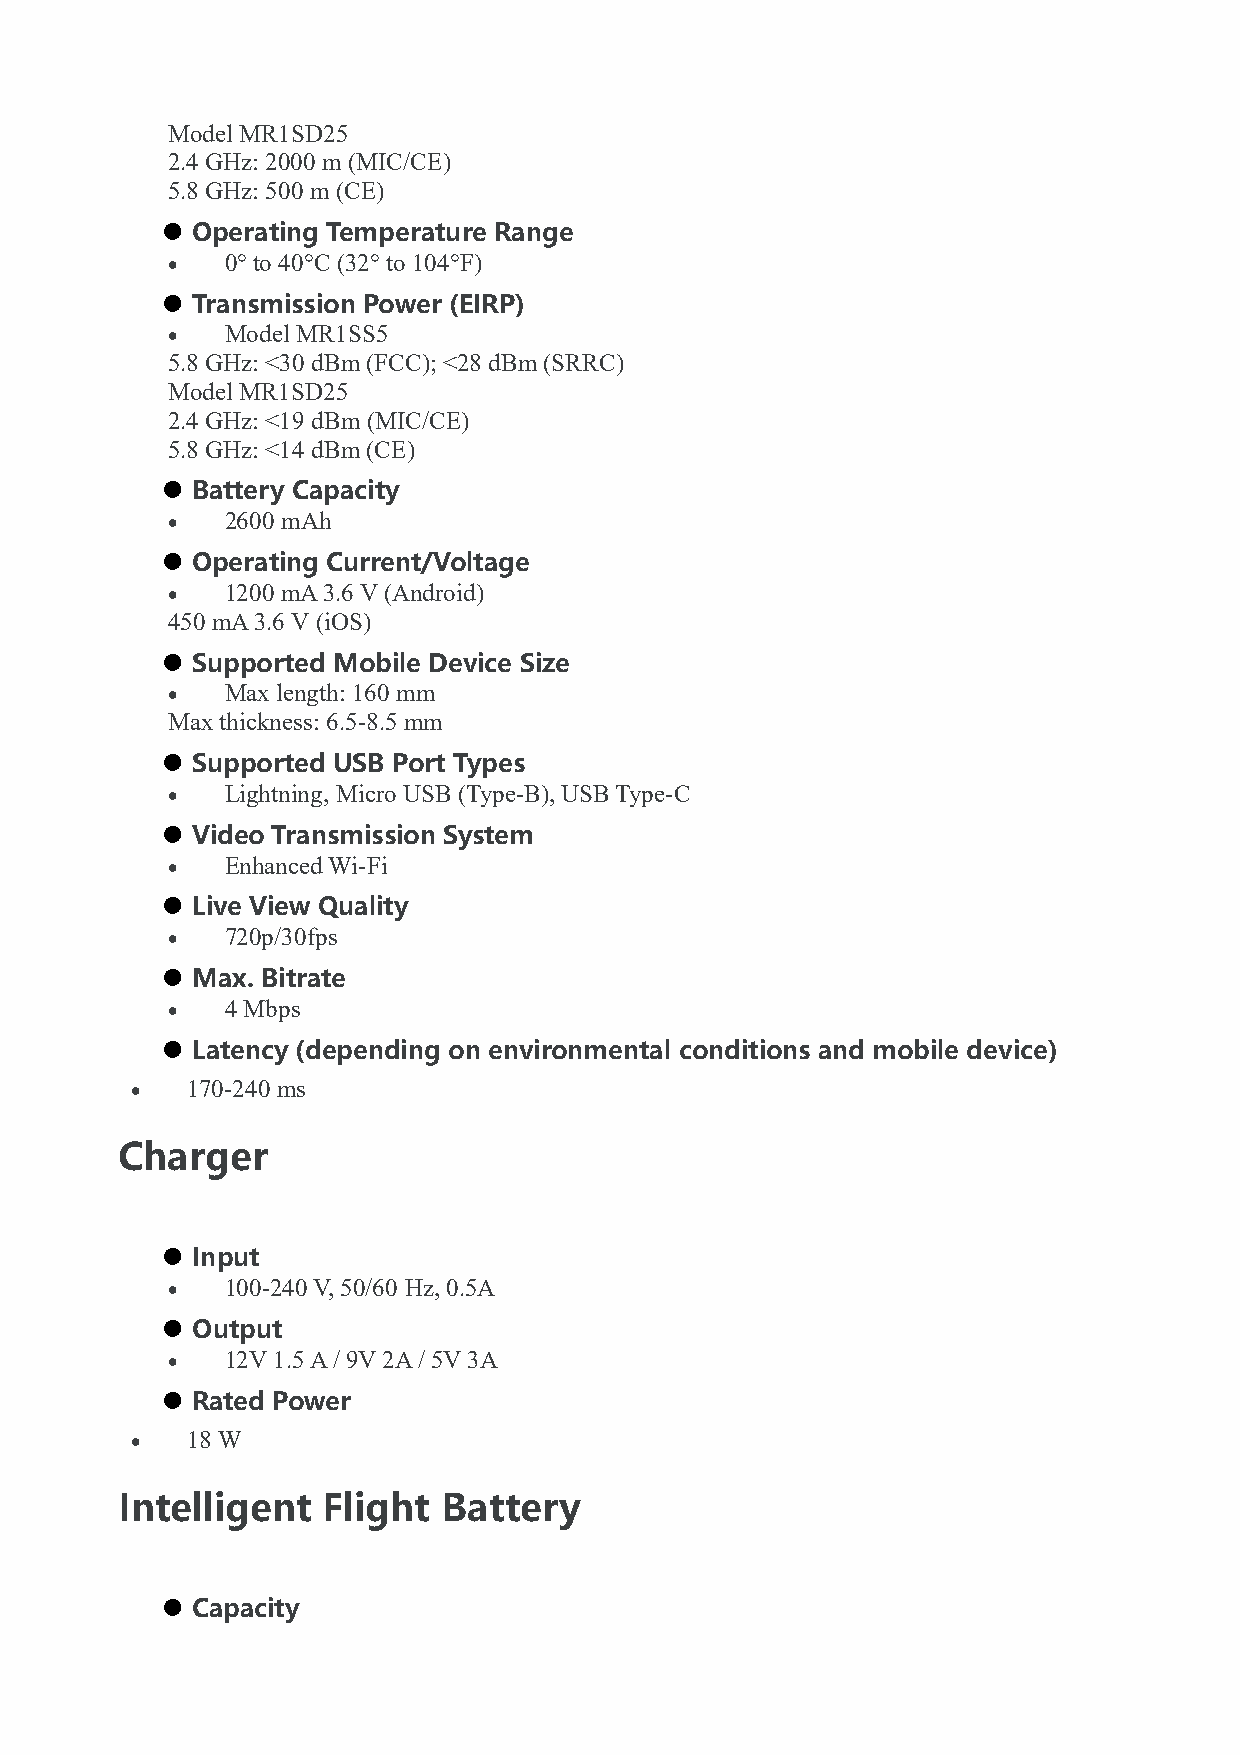
Model MR1SD25
 2.4 GHz: 2000 m (MIC/CE)
 5.8 GHz: 500 m (CE)
  Operating Temperature Range
 ·   0° to 40°C (32° to 104°F)
  Transmission Power (EIRP)
 ·   Model MR1SS5
 5.8 GHz: <30 dBm (FCC); <28 dBm (SRRC)
 Model MR1SD25
 2.4 GHz: <19 dBm (MIC/CE)
 5.8 GHz: <14 dBm (CE)
  Battery Capacity
 ·   2600 mAh
  Operating Current/Voltage
 ·   1200 mA 3.6 V (Android)
 450 mA 3.6 V (iOS)
  Supported Mobile Device Size
 ·   Max length: 160 mm
 Max thickness: 6.5-8.5 mm
  Supported USB Port Types
 ·   Lightning, Micro USB (Type-B), USB Type-C
  Video Transmission System
 ·   Enhanced Wi-Fi
  Live View Quality
 ·   720p/30fps
  Max. Bitrate
 ·   4 Mbps
  Latency (depending on environmental conditions and mobile device)
 ·  170-240 ms
 Charger
  Input
 ·   100-240 V, 50/60 Hz, 0.5A
  Output
 ·   12V 1.5 A / 9V 2A / 5V 3A
  Rated Power
 ·  18 W
 Intelligent  Flight  Battery
  Capacity